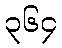
၃၆၄